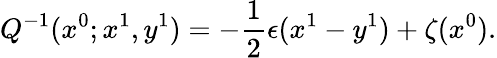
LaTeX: Q^{-1}(x^{0};x^{1},y^{1})=-\frac{1}{2}\epsilon(x^{1}-y^{1})+\zeta(x^{0}).